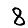
Digit: 8